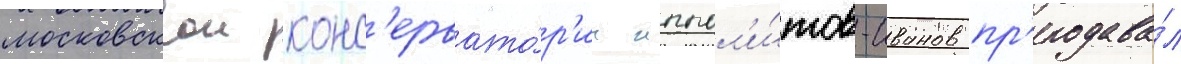
московскои конс'ервато́р'ии иппол'и́тов-иванов пр'еподава́л